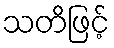
သတိဖြင့်